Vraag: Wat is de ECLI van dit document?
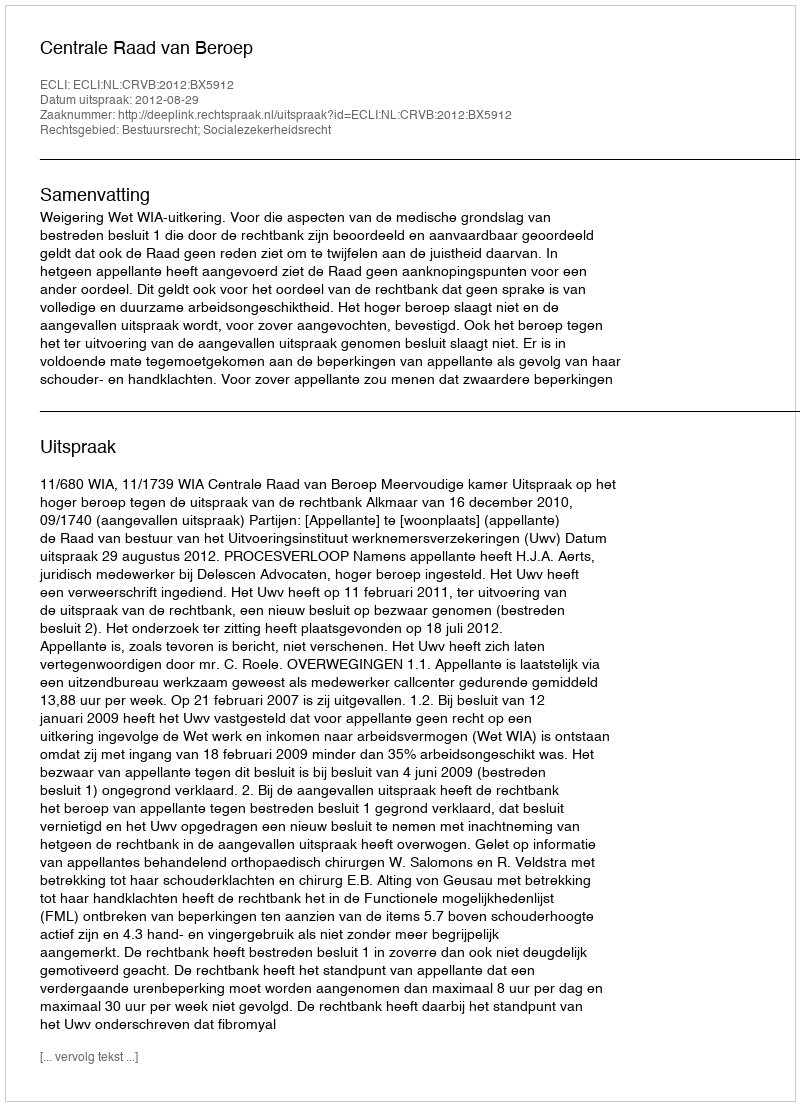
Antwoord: ECLI:NL:CRVB:2012:BX5912